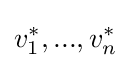
v_{1}^{*},...,v_{n}^{*}